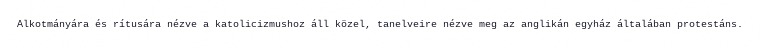
Alkotmányára és rítusára nézve a katolicizmushoz áll közel, tanelveire nézve meg az anglikán egyház általában protestáns.